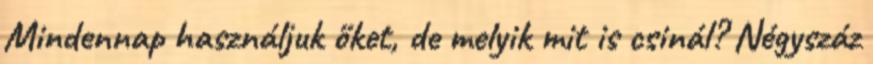
Mindennap használjuk őket, de melyik mit is csinál? Négyszáz